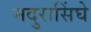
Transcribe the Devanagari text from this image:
मदुरासिंघे